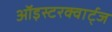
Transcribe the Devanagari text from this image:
ऑइस्टरक्वार्ट्ज